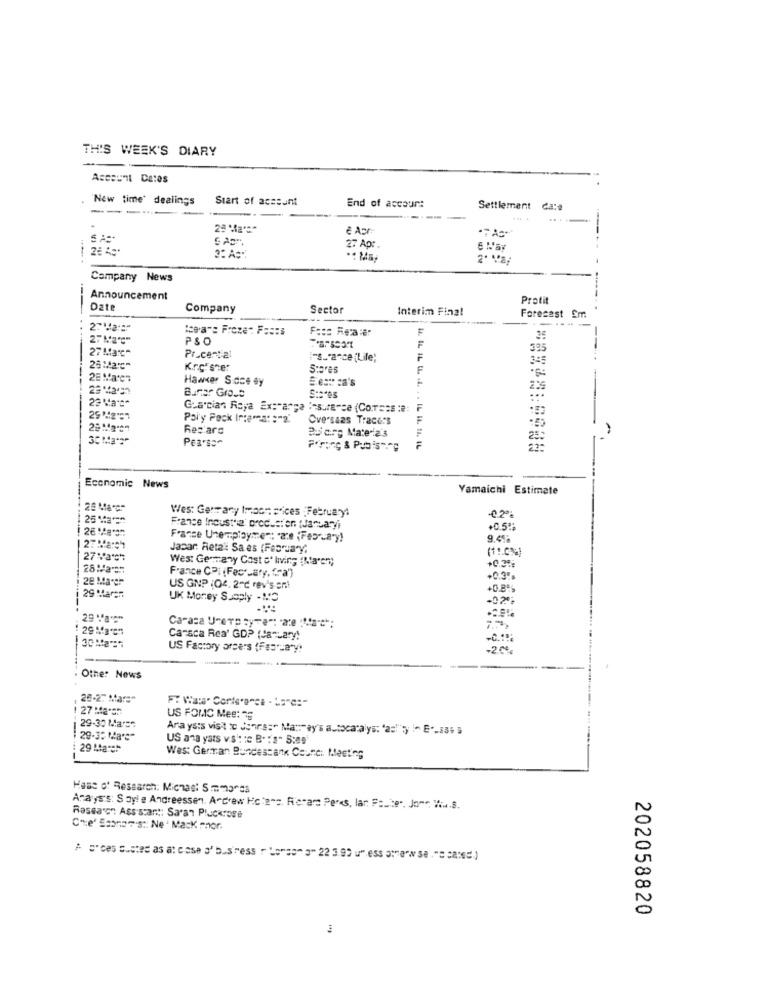
THIS WEEK'S DIARY
Account Datos
"New time' dealings
Siart of acesont
--
-
End of accour:
Settlement
--
.
28 49
27 Apr.
Company News
Announcement
Pretit
Date
Company
Sector
Interim Final
Forecast Em
Ice a": Frozen F:s:s
Fess Reca :er
PSO
35
27 Mac"
395
Pr.certal
i-s."ance (Life)
345
--
K.r.oEster
Stores
Hawker S.ace ey
Seat ca's
Buner Gross
Stores
Gracias Roya Ex: arga :- sure-ce (Corsas :?:
F
Poly Pock Interes: : "2.
Cversaas Tracers
Recare
Bulare Materia's
Pearsar
Economic News
Yamaichi Estimate
Wes: Germany Imac= = dices : February!
25 Ma **
-0.2%
France Incusthe producten (Januari
+0.5%
France Unemployment: "22e (February)
9.4%
Jacar Reta": Sa es (February,
(11.0%)
27Va"c"
Wes: Germany Cost c' living (Na'sy)
+0.3%
28 Math
France CPI (Fec".aty, fra")
28 Margr
+0.3%
US GNP (Q4, 2-2 rev's ont
29 Mars
UK Money Supply - MS
Caraza Unerp ty-e": "2:e """a"c";
Caraca Rea' GDP (January!
US Factory arse's (February
20
Other News
26-27 Mars"
1 27 March
US FOMC Mee: 35
29-30 Mase
Ara ysts visit to Jenrss" Manray's autocaralys: "as""y " E"-836
29-30 Ma's"
US ana yars vis': ic B. : s" 5:09
29 March
West German Bundestank Courci Meeting
Hass of Research: Michas: Simmonds
Analys's: Soyle Andreessen. Andrew Ho:2-s. R'erare Pers, lar Faute". Jone Wiu.S.
Rassa'en Ass stant: Saran Pluckrose
Cre' Ssano7's :: Ne ' MacK rnor.
202058820
3